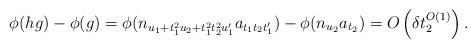
LaTeX: \begin{align*} \phi(hg) - \phi(g) = \phi(n_{u_1 + t_1^2 u_2 + t_1^2t_2^2 u_1'}a_{t_1t_2t_1'}) - \phi(n_{u_2}a_{t_2}) = O\left(\delta t_2^{O(1)}\right).\end{align*}